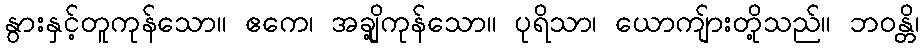
နွားနှင့်တူကုန်သော။ ဧကေ၊ အချို့ကုန်သော။ ပုရိသာ၊ ယောကျ်ားတို့သည်။ ဘဝန္တိ၊